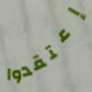
إعتقدوا